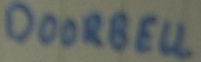
Text: DOORBELL